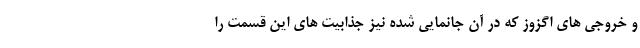
و خروجی های اگزوز که در آن جانمایی شده نیز جذابیت های این قسمت را